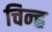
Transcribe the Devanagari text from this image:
चिन्ह्र